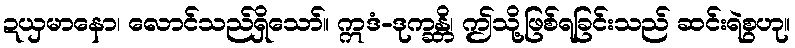
ဍယှမာနော၊ လောင်သည်ရှိသော်။ ဣဒံ-ဒုက္ခန္တိ၊ ဤသို့ဖြစ်ရခြင်းသည် ဆင်းရဲစွဟု။